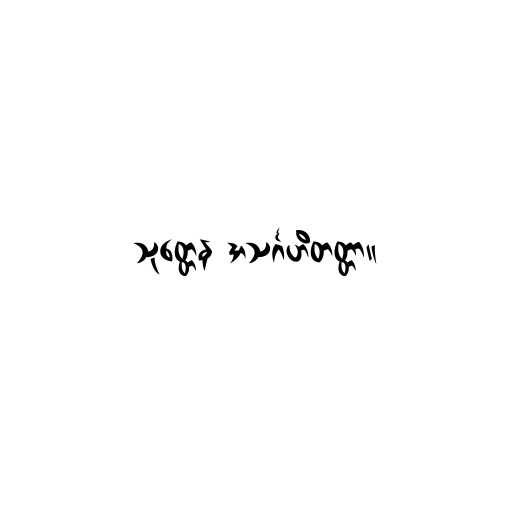
သုတ္တေန အသင်္ဂဟိတတ္တာ။